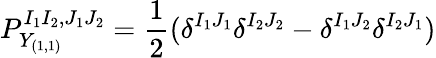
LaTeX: P_{Y_{(1,1)}}^{I_{1}I_{2},J_{1}J_{2}}=\frac{1}{2}(\delta^{I_{1}J_{1}}\delta^{I_{2}J_{2}}-\delta^{I_{1}J_{2}}\delta^{I_{2}J_{1}})